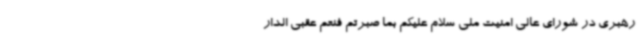
رهبری در شورای عالی امنیت ملی سلام علیکم بما صبرتم فنعم عقبی الدار